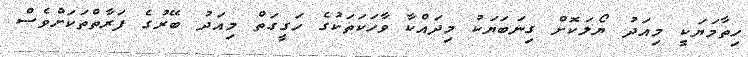
ހިތާމަޔަކީ މިއަދު ޔޯލަކޮށް ގިނަބަޔަކު މިދައްކާ ވާހަކަތަކުގެ ހަގީގަތް މިއަދު ބޭރުގެ ފަރާތްތަކަށްވެސް